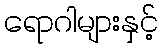
ရောဂါများနှင့်